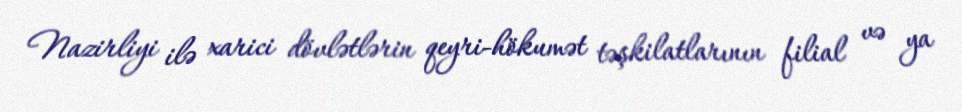
Nazirliyi ilə xarici dövlətlərin qeyri-hökumət təşkilatlarının filial və ya